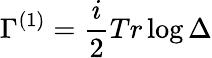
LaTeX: \Gamma^{(1)}=\frac{i}{2}Tr\log\Delta